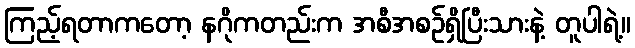
ကြည့်ရတာကတော့ နဂိုကတည်းက အစီအစဉ်ရှိပြီးသားနဲ့ တူပါရဲ့။